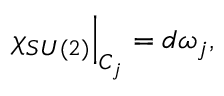
\left. \chi _ { S U ( 2 ) } \right| _ { C _ { j } } = d \omega _ { j } ,